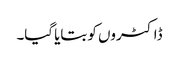
ڈاکٹروں کو بتایا گیا۔